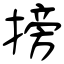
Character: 搒